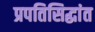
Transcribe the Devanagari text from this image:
प्रपतिसिद्धांत